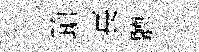
蹌萇聽